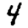
Digit: 4